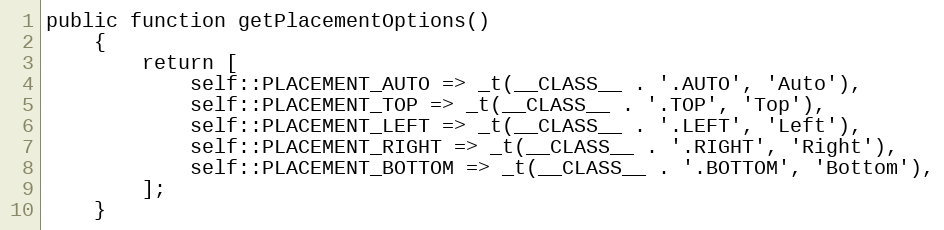
Language: PHP
public function getPlacementOptions()
    {
        return [
            self::PLACEMENT_AUTO => _t(__CLASS__ . '.AUTO', 'Auto'),
            self::PLACEMENT_TOP => _t(__CLASS__ . '.TOP', 'Top'),
            self::PLACEMENT_LEFT => _t(__CLASS__ . '.LEFT', 'Left'),
            self::PLACEMENT_RIGHT => _t(__CLASS__ . '.RIGHT', 'Right'),
            self::PLACEMENT_BOTTOM => _t(__CLASS__ . '.BOTTOM', 'Bottom'),
        ];
    }